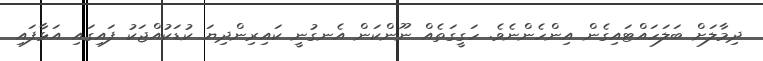
ދިމާލަށް ބަލަހައްޓައިގެން އިންހެންނެވެ. ހަގީގަތެއް ނޫންކަން އެނގުނީ ކައިރިންދިޔަ ކުޑަކުއްޖަކު ފައިގައި އަޅާފައި